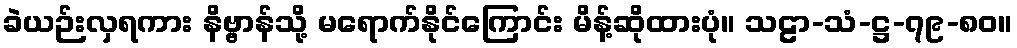
ခဲယဉ်းလှရကား နိဗ္ဗာန်သို့ မရောက်နိုင်ကြောင်း မိန့်ဆိုထားပုံ။ သဠာ-သံ-ဋ္ဌ-၇၉-၈၀။